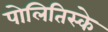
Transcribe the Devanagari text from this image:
पोलितिस्के